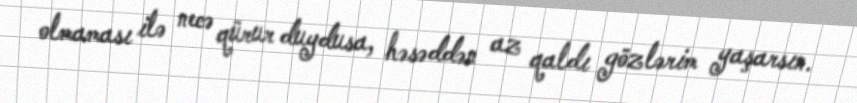
olmaması ilə necə qürur duydusa, həsəddən az qaldı gözlərim yaşarsın.